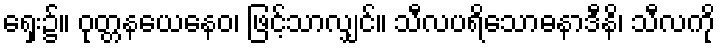
ရှေး၌။ ဝုတ္တနယေနေဝ၊ ဖြင့်သာလျှင်။ သီလပရိသောဓနာဒီနိ၊ သီလကို